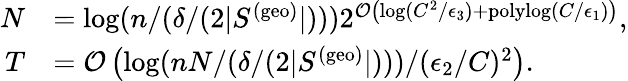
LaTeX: \begin{array}{rl}{N}&{=\log(n/(\delta/(2|S^{(\mathrm{geo})}|)))2^{\mathcal{O}\left(\log(C^{2}/\epsilon_{3})+\mathrm{polylog}(C/\epsilon_{1})\right)},}\\ {T}&{=\mathcal{O}\left(\log(nN/(\delta/(2|S^{(\mathrm{geo})}|)))/(\epsilon_{2}/C)^{2}\right).}\end{array}